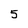
Character: 5